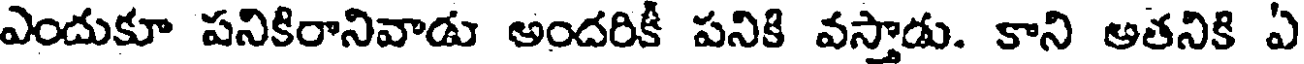
ఎందుకూ పనికిరానివాడు అందరికీ పనికి వస్తాడు. కాని అతనికి ఏ